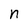
Character: n